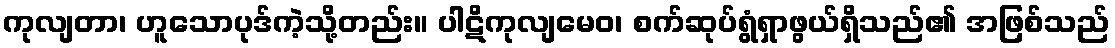
ကုလျတာ၊ ဟူသောပုဒ်ကဲ့သို့တည်း။ ပါဋိကုလျမေဝ၊ စက်ဆုပ်ရွံရှာဖွယ်ရှိသည်၏ အဖြစ်သည်